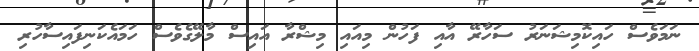
ނަމަވެސް ހައިކޮމިޝަނަރު ސަހާރޭ އާއި ފަހުން މިއައި މިޝްރާ އައިސް މާލޭގެވެސް ހަމައެކަނިފައިސާހުރި